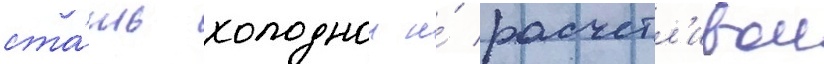
ста́ть холоднои и́ расчетл'ивои